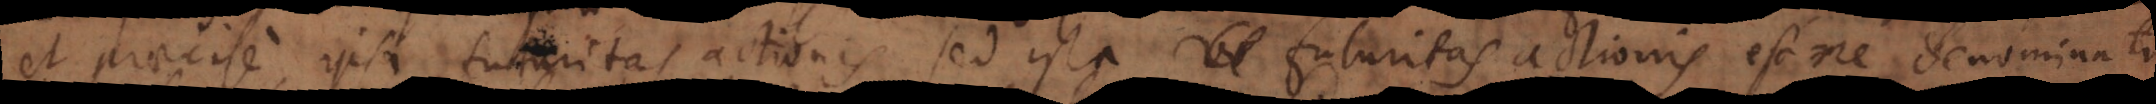
et praecise ipsa futuritas actionis, sed ista futuritas actionis estne denominatio